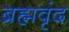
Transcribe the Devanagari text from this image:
ब्रह्मवृंद